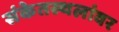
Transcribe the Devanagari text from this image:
संकेतस्थलांवर